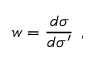
w = { \frac { d \sigma } { d \sigma ^ { \prime } } } \; \, ,